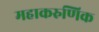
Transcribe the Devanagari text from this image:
महाकरुणिक